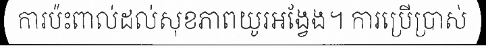
ការប៉ះពាល់ដល់សុខភាពយូរអង្វែង។ ការប្រើប្រាស់